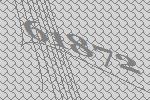
61872